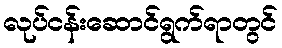
လုပ်ငန်းဆောင်ရွက်ရာတွင်